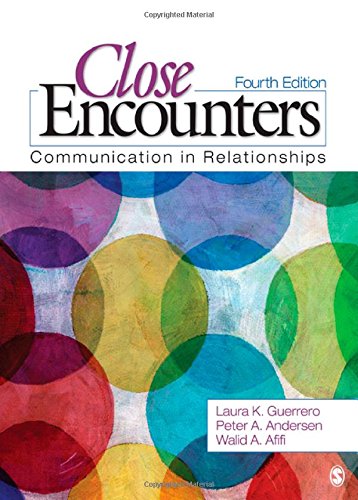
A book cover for Close Encounters: Communication in Relationships; Laura K. Guerrero; Reference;